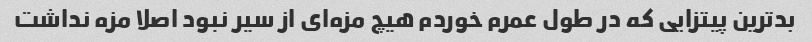
بد‌ترین پیتزایی که در طول عمرم خوردم هیچ مزه‌ای از سیر نبود اصلا مزه نداشت